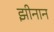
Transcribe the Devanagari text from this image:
झीनान